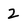
Character: 2